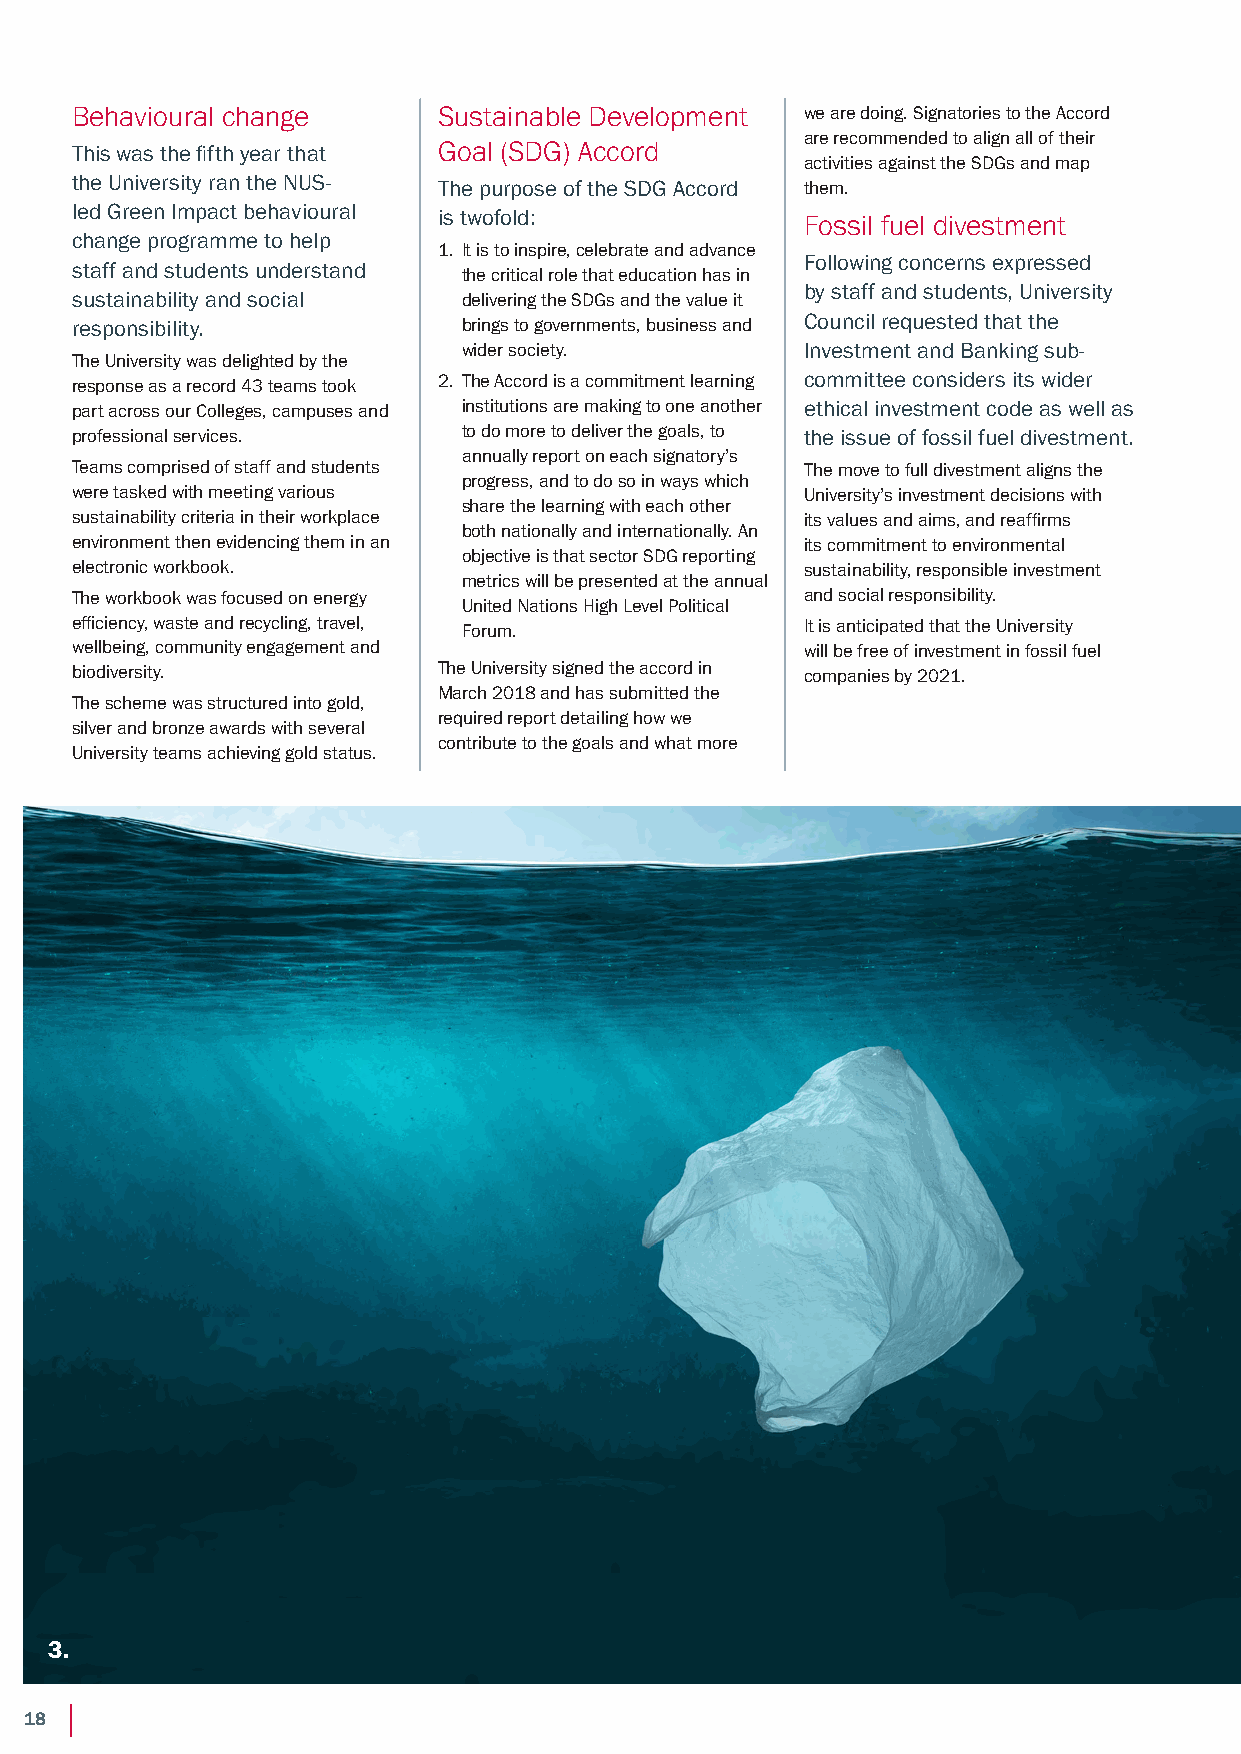
Behavioural change      Sustainable Development we are doing. Signatories to the Accord
 are recommended to align all of their
 This was the fifth year that Goal (SDG) Accord
 activities against the SDGs and map
 the University ran the NUS- The purpose of the SDG Accord them.
 led Green Impact behavioural is twofold:        Fossil fuel divestment
 change programme to help
 1. It is to inspire, celebrate and advance
 Following concerns expressed
 staff and students understand
 the critical role that education has in
 by staff and students, University
 sustainability and social delivering the SDGs and the value it
 responsibility.           brings to governments, business and Council requested that the
 wider society.        Investment and Banking sub-
 The University was delighted by the
 response as a record 43 teams took 2. The Accord is a commitment learning committee considers its wider
 part across our Colleges, campuses and institutions are making to one another ethical investment code as well as
 professional services.    to do more to deliver the goals, to the issue of fossil fuel divestment.
 annually report on each signatory’s
 Teams comprised of staff and students           The move to full divestment aligns the
 progress, and to do so in ways which
 were tasked with meeting various                University’s investment decisions with
 share the learning with each other
 sustainability criteria in their workplace      its values and aims, and reaffirms
 both nationally and internationally. An
 environment then evidencing them in an          its commitment to environmental
 objective is that sector SDG reporting
 electronic workbook.                            sustainability, responsible investment
 metrics will be presented at the annual
 The workbook was focused on energy              and social responsibility.
 United Nations High Level Political
 efficiency, waste and recycling, travel, Forum. It is anticipated that the University
 wellbeing, community engagement and             will be free of investment in fossil fuel
 biodiversity.           The University signed the accord in companies by 2021.
 March 2018 and has submitted the
 The scheme was structured into gold,
 required report detailing how we
 silver and bronze awards with several
 contribute to the goals and what more
 University teams achieving gold status.
 3.
 18